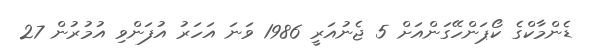
ޑެންމާކްގެ ކޯޕަންހޭގަންއަށް 5 ޖެނުއަރީ 1986 ވަނަ އަހަރު އުފަންވި އުމުރުން 27